Lunatic asylums Madras 1892-1911 - 1892-1911
Year: 1892
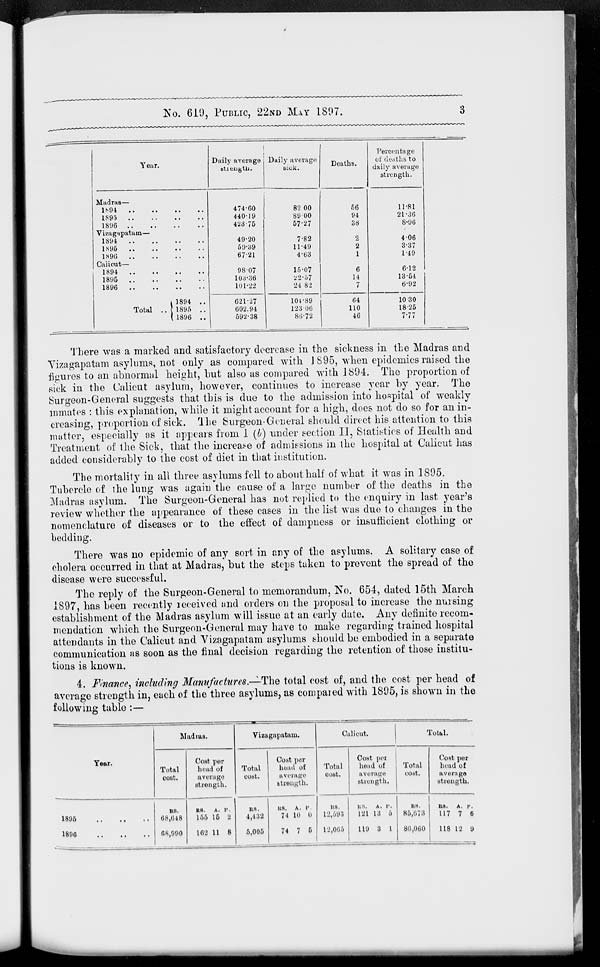
No. 619, PUBLIC, 22ND MAY 1897.
3
Year.
Madras—
1894
..
..
..
1895
..
..
..
..
1896
..
..
..
..
Vizagapatam—
1894
..
..
..
..
1895
..
..
..
..
1896
..
..
..
..
Calicut —
1894
..
..
..
..
1895
..
..
..
..
1896
..
..
..
..
Total ..
1894
..
1895
..
1896
..
Daily average
474.60
440.19
423.75
49.20
59.39
67.21
98.07
103.36
101.22
621.27
602.94
592.38
Daily average
sick.
82.00
89.00
57.27
7.82
11.49
4.63
15.07
22.57
24.82
104.89
123.06
86.72
Deaths.
56
94
38
2
2
1
6
14
7
64
110
46
Percentage
of deaths to
daily average
strength.
11.81
21.36
8.96
4.06
3.37
1.49
6.12
13.54
6.92
10.30
18.25
7.77
There was a marked and satisfactory decrease in the sickness in the Madras and
Vizagapatam asylums, not only as compared with 1895, when epidemics raised the
figures to an abnormal height, but also as compared with 1894. The proportion of
sick in the Calicut asylum, however, continues to increase year by year. The
Surgeon-General suggests that this is due to the admission into hospital of weakly
inmates : this explanation, while it might account for a high, does not do so for an in-
creasing, proportion of sick. The Surgeon-General should direct his attention to this
matter, especially as it appears from 1 (b) under section II, Statistics of Health and
Treatment of the Sick, that the increase of admissions in the hospital at Calicut has
added considerably to the cost of diet in that institution.
The mortality in all three asylums fell to about half of what it was in 1895.
Tubercle of the lung was again the cause of a large number of the deaths in the
Madras asylum. The Surgeon-General has not replied to the enquiry in last year's
review whether the appearance of these cases in the list was due to changes in the
nomenclature of diseases or to the effect of dampness or insufficient clothing or
bedding.
There was no epidemic of any sort in any of the asylums. A solitary case of
cholera occurred in that at Madras, but the steps taken to prevent the spread of the
disease were successful.
The reply of the Surgeon-General to memorandum, No. 654, dated 15th March
1897, has been recently received and orders on the proposal to increase the nursing
establishment of the Madras asylum will issue at an early date. Any definite recom-
mendation which the Surgeon-General may have to make regarding trained hospital
attendants in the Calicut and Vizagapatam asylums should be embodied in a separate
communication as soon as the final decision regarding the retention of those institu-
tions is known.
4. Finance, including Manufactures.—The total cost of, and the cost per head of
average strength in, each of the three asylums, as compared with 1895, is shown in the
following table :—
Year.
1896
..
..
..
1896
..
..
..
Madras.
Total
cost.
RS.
68,648
68,990
Cost per
head of
average
strength.
RS.
155
162
A.
15
11
P.
2
8
Vizagapatam.
Total
cost.
RS.
4,432
5,005
Cost par
head of
average
strength.
RS.
74
74
A.
10
7
P.
0
5
Calicut.
Total
cost.
RS.
12,593
12,065
Cost per
head of
average
strength.
RS.
121
119
A.
13
3
P.
5
1
Total.
Total
cost.
RS.
85,073
86,060
Cost per
head of
average
strength.
RS.
117
118
A.
7
12
P.
6
9